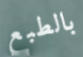
بالطبع